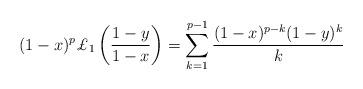
LaTeX: \begin{align*}(1-x)^p\pounds_1\left(\frac{1-y}{1-x}\right)=\sum_{k=1}^{p-1}\frac{(1-x)^{p-k}(1-y)^k}{k}\end{align*}